Report on vaccination proceedings throughout the Government of Bengal -
Year: 1868
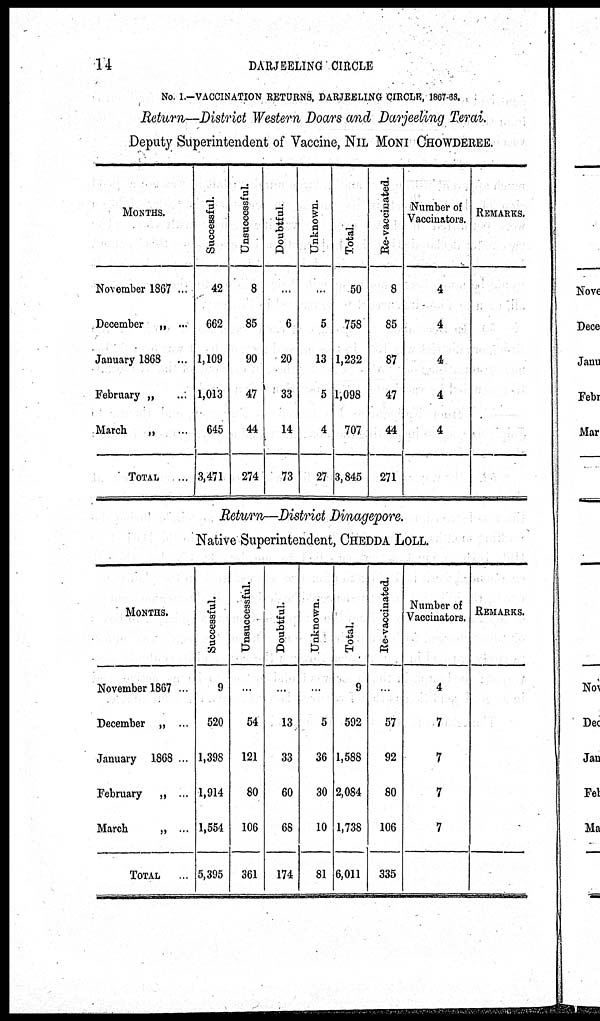
14
DARJEELING CIRCLE
No. 1.—VACCINATION RETURNS, DARJEELING CIRCLE, 1867-68.
Return—District Western Doars and Darjeeling Terai.
Deputy Superintendent of Vaccine, NIL MONI CHOWDEREE.
MONTHS.
November 1867 ...
December „ ...
January 1868 ...
February „ ...
March „
TOTAL ...
Successful.
42
662
1,109
1,013
645
3,471
Unsuccessful.
8
85
90
47
44
274
Doubtful.
...
6
20
33
14
73
Unknown.
...
5
13
5
4
27
Total.
50
758
1,232
1,098
707
3,845
Re- vaccinated.
8
85
87
47
44
271
Number of
Vaccinators.
4
4
4
4
4
REMARKS.
Return—District Dinagepore.
Native Superintendent, CHEDDA LOLL.
MONTHS.
November 1867 ...
December „
...
January 1868 ...
February
„ ...
March
„ ...
TOTAL
...
Successful.
9
520
1,398
1,914
1,554
5,395
Unsuccessful.
...
54
121
80
106
361
Doubtful.
...
13
33
60
68
174
Unknown.
...
5
36
30
10
81
Total.
9
592
1,588
2,084
1,738
6,011
Re-vaccinated.
...
57
92
80
106
335
Number of
Vaccinators.
4
7
7
7
7
REMARKS.